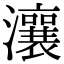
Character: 瀼